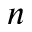
n